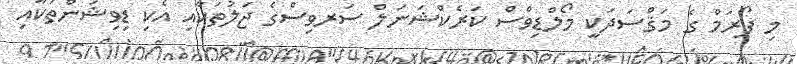
މި ފޯރަމް ގެ މަޤްސަދަކީ މޯލްޑިވްސް ކަރެކްޝަނަލް ސަރވިސްގެ ޖަލުތަކާއި އެކި ޑިވިޝަންތަކާއި